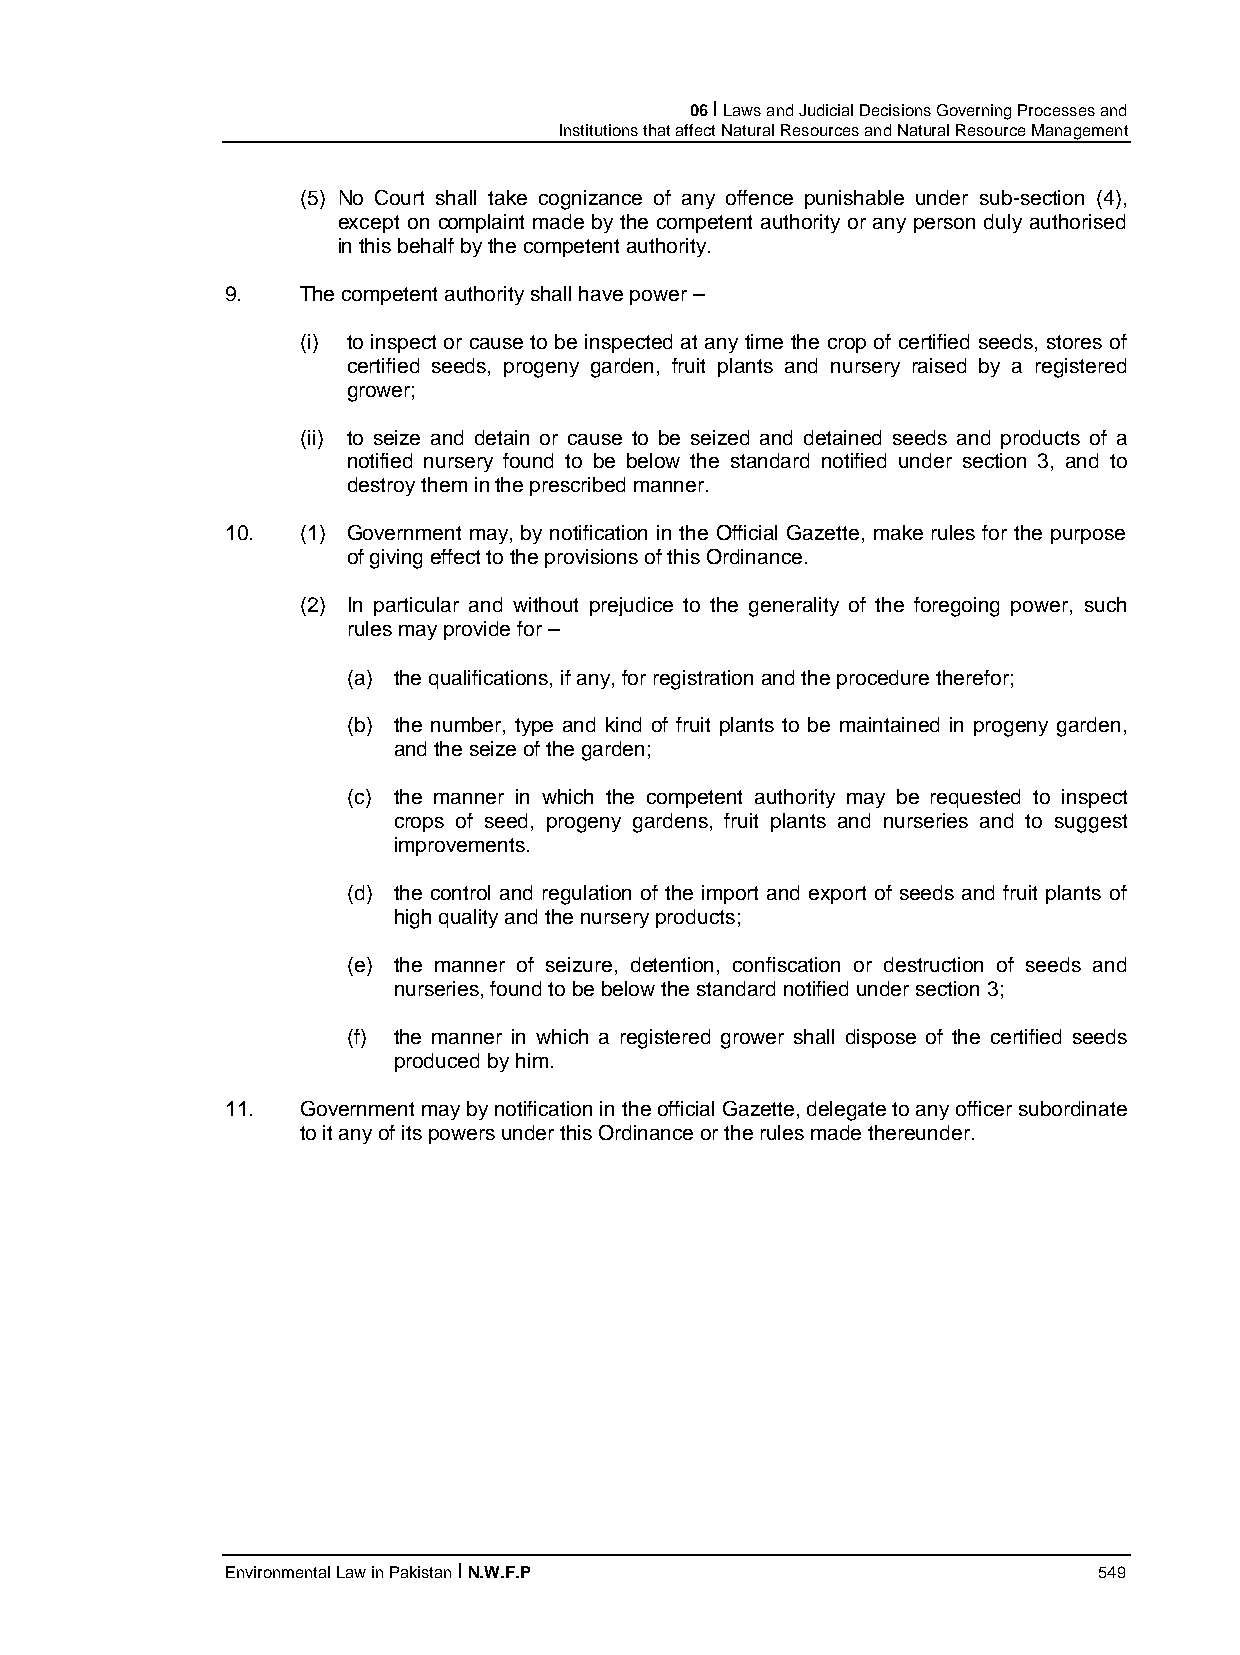
06 I Laws and Judicial Decisions Governing Processes and
 Institutions that affect Natural Resources and Natural Resource Management
 (5) No Court shall take cognizance of any offence punishable under sub-section (4),
 except on complaint made by the competent authority or any person duly authorised
 in this behalf by the competent authority.
 9.   The competent authority shall have power –
 (i) to inspect or cause to be inspected at any time the crop of certified seeds, stores of
 certified seeds, progeny garden, fruit plants and nursery raised by a registered
 grower;
 (ii) to seize and detain or cause to be seized and detained seeds and products of a
 notified nursery found to be below the standard notified under section 3, and to
 destroy them in the prescribed manner.
 10.  (1) Government may, by notification in the Official Gazette, make rules for the purpose
 of giving effect to the provisions of this Ordinance.
 (2) In particular and without prejudice to the generality of the foregoing power, such
 rules may provide for –
 (a) the qualifications, if any, for registration and the procedure therefor;
 (b) the number, type and kind of fruit plants to be maintained in progeny garden,
 and the seize of the garden;
 (c) the manner in which the competent authority may be requested to inspect
 crops of seed, progeny gardens, fruit plants and nurseries and to suggest
 improvements.
 (d) the control and regulation of the import and export of seeds and fruit plants of
 high quality and the nursery products;
 (e) the manner of seizure, detention, confiscation or destruction of seeds and
 nurseries, found to be below the standard notified under section 3;
 (f) the manner in which a registered grower shall dispose of the certified seeds
 produced by him.
 11.  Government may by notification in the official Gazette, delegate to any officer subordinate
 to it any of its powers under this Ordinance or the rules made thereunder.
 Environmental Law in Pakistan I N.W.F.P                   549